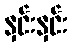
နှင်းနှင်း